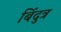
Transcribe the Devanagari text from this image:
बिंदुत्र